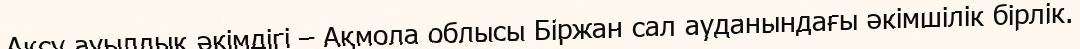
Ақсу ауылдық әкімдігі – Ақмола облысы Біржан сал ауданындағы әкімшілік бірлік.